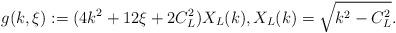
LaTeX: \begin{align*}g(k,\xi):=(4k^2+12\xi+2C_{L}^2)X_{L}(k), X_{L}(k)=\sqrt{k^2-C_{L}^2}.\end{align*}